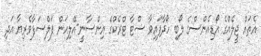
އެތައް ޖީލެއްގެ އޯޑިއެންސްގެ ލޯބި ހޯދާފައިވާ ސްޓާ ޓްރެކްގެ އިންސާނީ-އޭލިއަން ފަލްސަފާވެރިޔާ އަދި